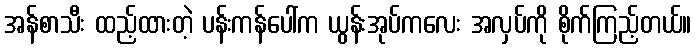
အန်စာသီး ထည့်ထားတဲ့ ပန်းကန်ပေါ်က ယွန်းအုပ်ကလေး အလှပ်ကို စိုက်ကြည့်တယ်။